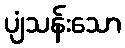
ပျံသန်းသော